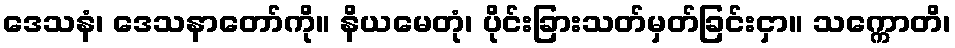
ဒေသနံ၊ ဒေသနာတော်ကို။ နိယမေတုံ၊ ပိုင်းခြားသတ်မှတ်ခြင်းငှာ။ သက္ကောတိ၊